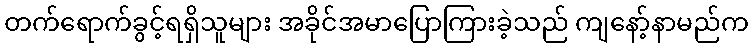
တက်ရောက်ခွင့်ရရှိသူများ အခိုင်အမာပြောကြားခဲ့သည် ကျနော့်နာမည်က